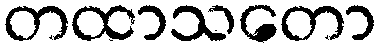
တထာသတော